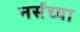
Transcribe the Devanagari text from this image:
नर्सच्या